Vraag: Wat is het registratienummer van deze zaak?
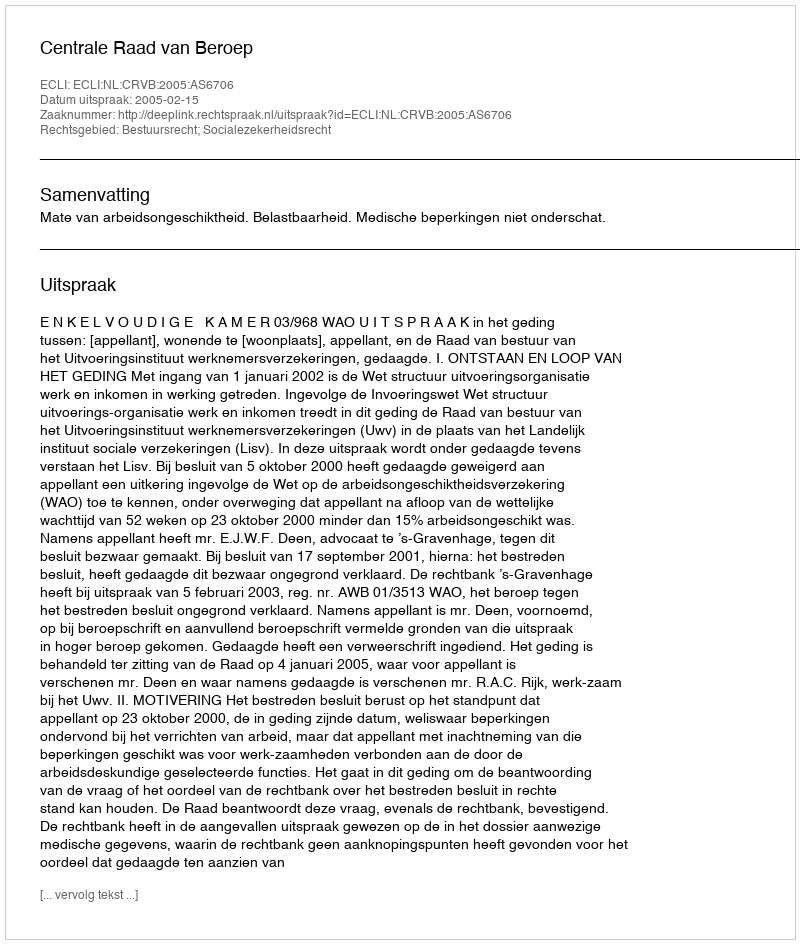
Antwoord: http://deeplink.rechtspraak.nl/uitspraak?id=ECLI:NL:CRVB:2005:AS6706